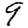
Digit: 9